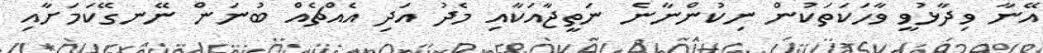
އޭނާ ވިދާޅުވީ ވާހަކަތަކުން ނިކުންނާނެ ނަތީޖާއަކާއި މެދު އަދި އެއްޗެއް ބުނަން ނޭނގޭކަމަށާއި